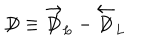
\not \! \! D \equiv \overrightarrow { \not \! \! D } _ { L } - \overleftarrow { \not \! \! D } _ { L }